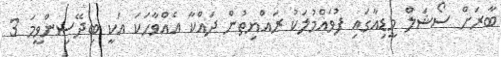
ބާރަށް ސޯޝަލް މީޑިއާގައި ފުވައްމުލަކު ރައްޔިތުން ދައްކާ އެއްވާހަކަ އަކީ ބިދޭސިންވީމަ 3